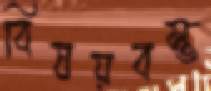
বিষয়বস্ত